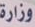
وزارة